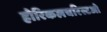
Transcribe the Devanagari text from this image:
होरिकलचरिस्टओ